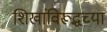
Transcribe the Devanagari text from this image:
शिखांविरूद्धच्या